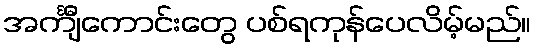
အင်္ကျီကောင်းတွေ ပစ်ရကုန်ပေလိမ့်မည်။